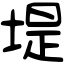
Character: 堤